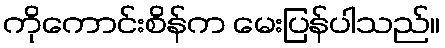
ကိုကောင်းစိန်က မေးပြန်ပါသည်။